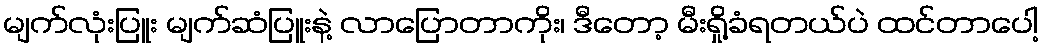
မျက်လုံးပြူး မျက်ဆံပြူးနဲ့ လာပြောတာကိုး၊ ဒီတော့ မီးရှို့ခံရတယ်ပဲ ထင်တာပေါ့